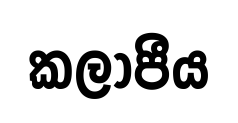
කලාපීය